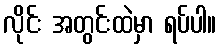
လိုင်း အတွင်းထဲမှာ ရပ်ပါ။